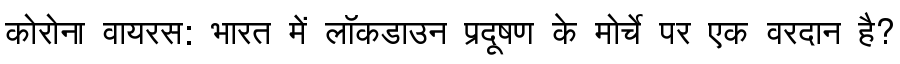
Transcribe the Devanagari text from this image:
कोरोना वायरस: भारत में लॉकडाउन प्रदूषण के मोर्चे पर एक वरदान है?